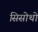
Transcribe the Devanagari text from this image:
सिसोथो